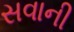
સવાની